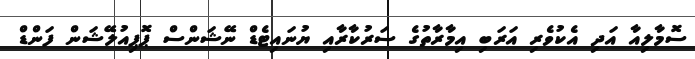
ސޮމާލިއާ އަދި އެކުވެރި އަރަބި އިމާރާތުގެ ސަރުކާރާއި ޔުނައިޓެޑް ނޭޝަންސް ޕޮޕިއުލޭޝަން ފަންޑް